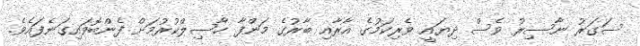
ސަގަރު ނާސިރު ވެސް ދިޔައީ ވެރިކަމުގެ އާރާއި ބާރުގެ މަންފާ ހާސިލްކުރުމަށް ފެންބޮވައިގަނެފައެވެ.